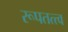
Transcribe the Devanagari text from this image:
रूपतत्त्व